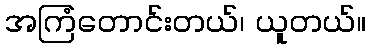
အကြံတောင်းတယ်၊ ယူတယ်။